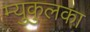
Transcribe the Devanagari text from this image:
म्युकुलका